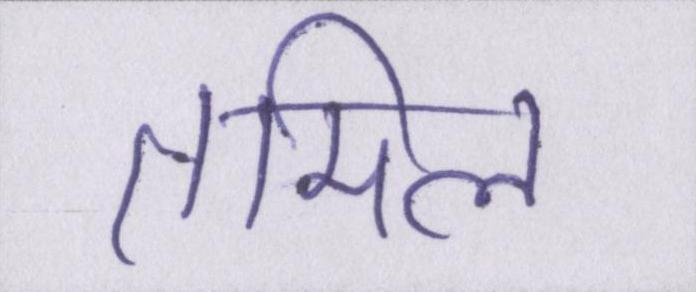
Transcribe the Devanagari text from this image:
तमिल